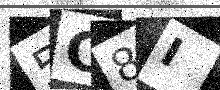
Text: 5C8I